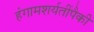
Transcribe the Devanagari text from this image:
हंगामशर्यतींपैकी